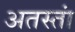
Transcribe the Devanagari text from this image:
अतस्तां